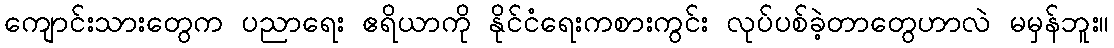
ကျောင်းသားတွေက ပညာရေး ဧရိယာကို နိုင်ငံရေးကစားကွင်း လုပ်ပစ်ခဲ့တာတွေဟာလဲ မမှန်ဘူး။